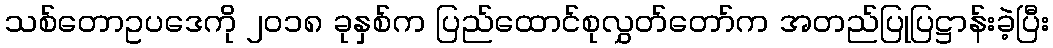
သစ်တောဥပဒေကို ၂၀၁၈ ခုနှစ်က ပြည်ထောင်စုလွှတ်တော်က အတည်ပြုပြဋ္ဌာန်းခဲ့ပြီး